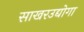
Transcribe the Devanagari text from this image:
साखरउद्योगा